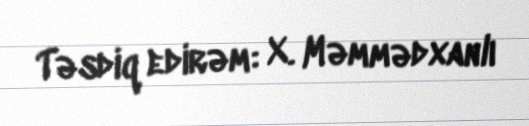
Təsdiq edirəm: X. Məmmədxanlı